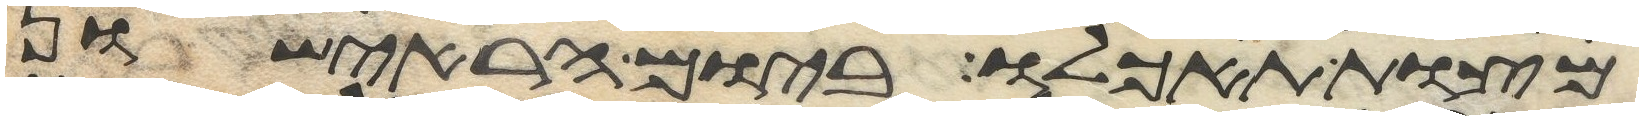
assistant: מצות תאכלו ביום הראישון